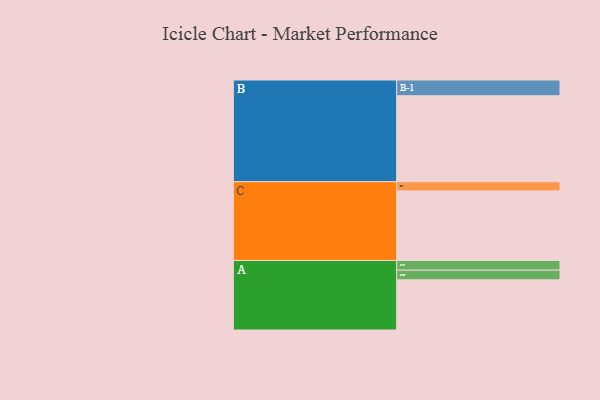
{"axis": {"x": "Segment", "y": "Value"}, "legend": ["", "A", "B", "C"], "data": [{"x": "A", "y": 332, "type": ""}, {"x": "B", "y": 569, "type": ""}, {"x": "C", "y": 460, "type": ""}, {"x": "A-1", "y": 64, "type": "A"}, {"x": "A-2", "y": 64, "type": "A"}, {"x": "B-1", "y": 104, "type": "B"}, {"x": "C-1", "y": 61, "type": "C"}]}